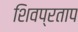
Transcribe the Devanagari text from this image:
शिवप्रताप